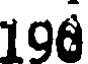
106